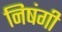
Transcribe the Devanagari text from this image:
निषंगी